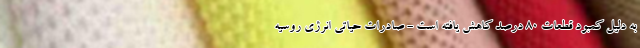
به دلیل کمبود قطعات ۸۰ درصد کاهش یافته است - صادرات حیاتی انرژی روسیه